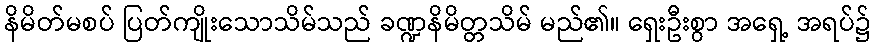
နိမိတ်မစပ် ပြတ်ကျိုးသောသိမ်သည် ခဏ္ဍနိမိတ္တသိမ် မည်၏။ ရှေးဦးစွာ အရှေ့ အရပ်၌